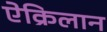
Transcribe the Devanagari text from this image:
ऐक्रिलान